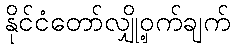
နိုင်ငံတော်လျှို့ဝှက်ချက်